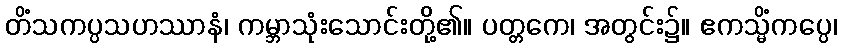
တိံသကပ္ပသဟဿာနံ၊ ကမ္ဘာသုံးသောင်းတို့၏။ ပတ္တကေ၊ အတွင်း၌။ ဧကသ္မိံကပ္ပေ၊